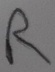
Text: R